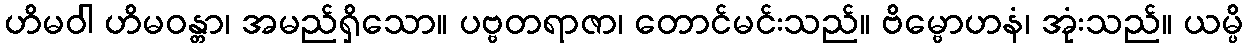
ဟိမဝါ ဟိမဝန္တာ၊ အမည်ရှိသော။ ပဗ္ဗတရာဇာ၊ တောင်မင်းသည်။ ဗိမ္ဗောဟနံ၊ အုံးသည်။ ယမ္ပိ